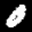
Digit: 8